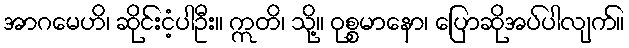
အာဂမေဟိ၊ ဆိုင်းငံ့ပါဦး။ ဣတိ၊ သို့။ ဝုစ္စမာနော၊ ပြောဆိုအပ်ပါလျက်။